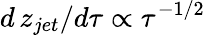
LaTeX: d\, z_{jet}/d\tau\propto\tau^{-1/2}